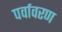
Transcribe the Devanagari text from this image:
पर्वावरण